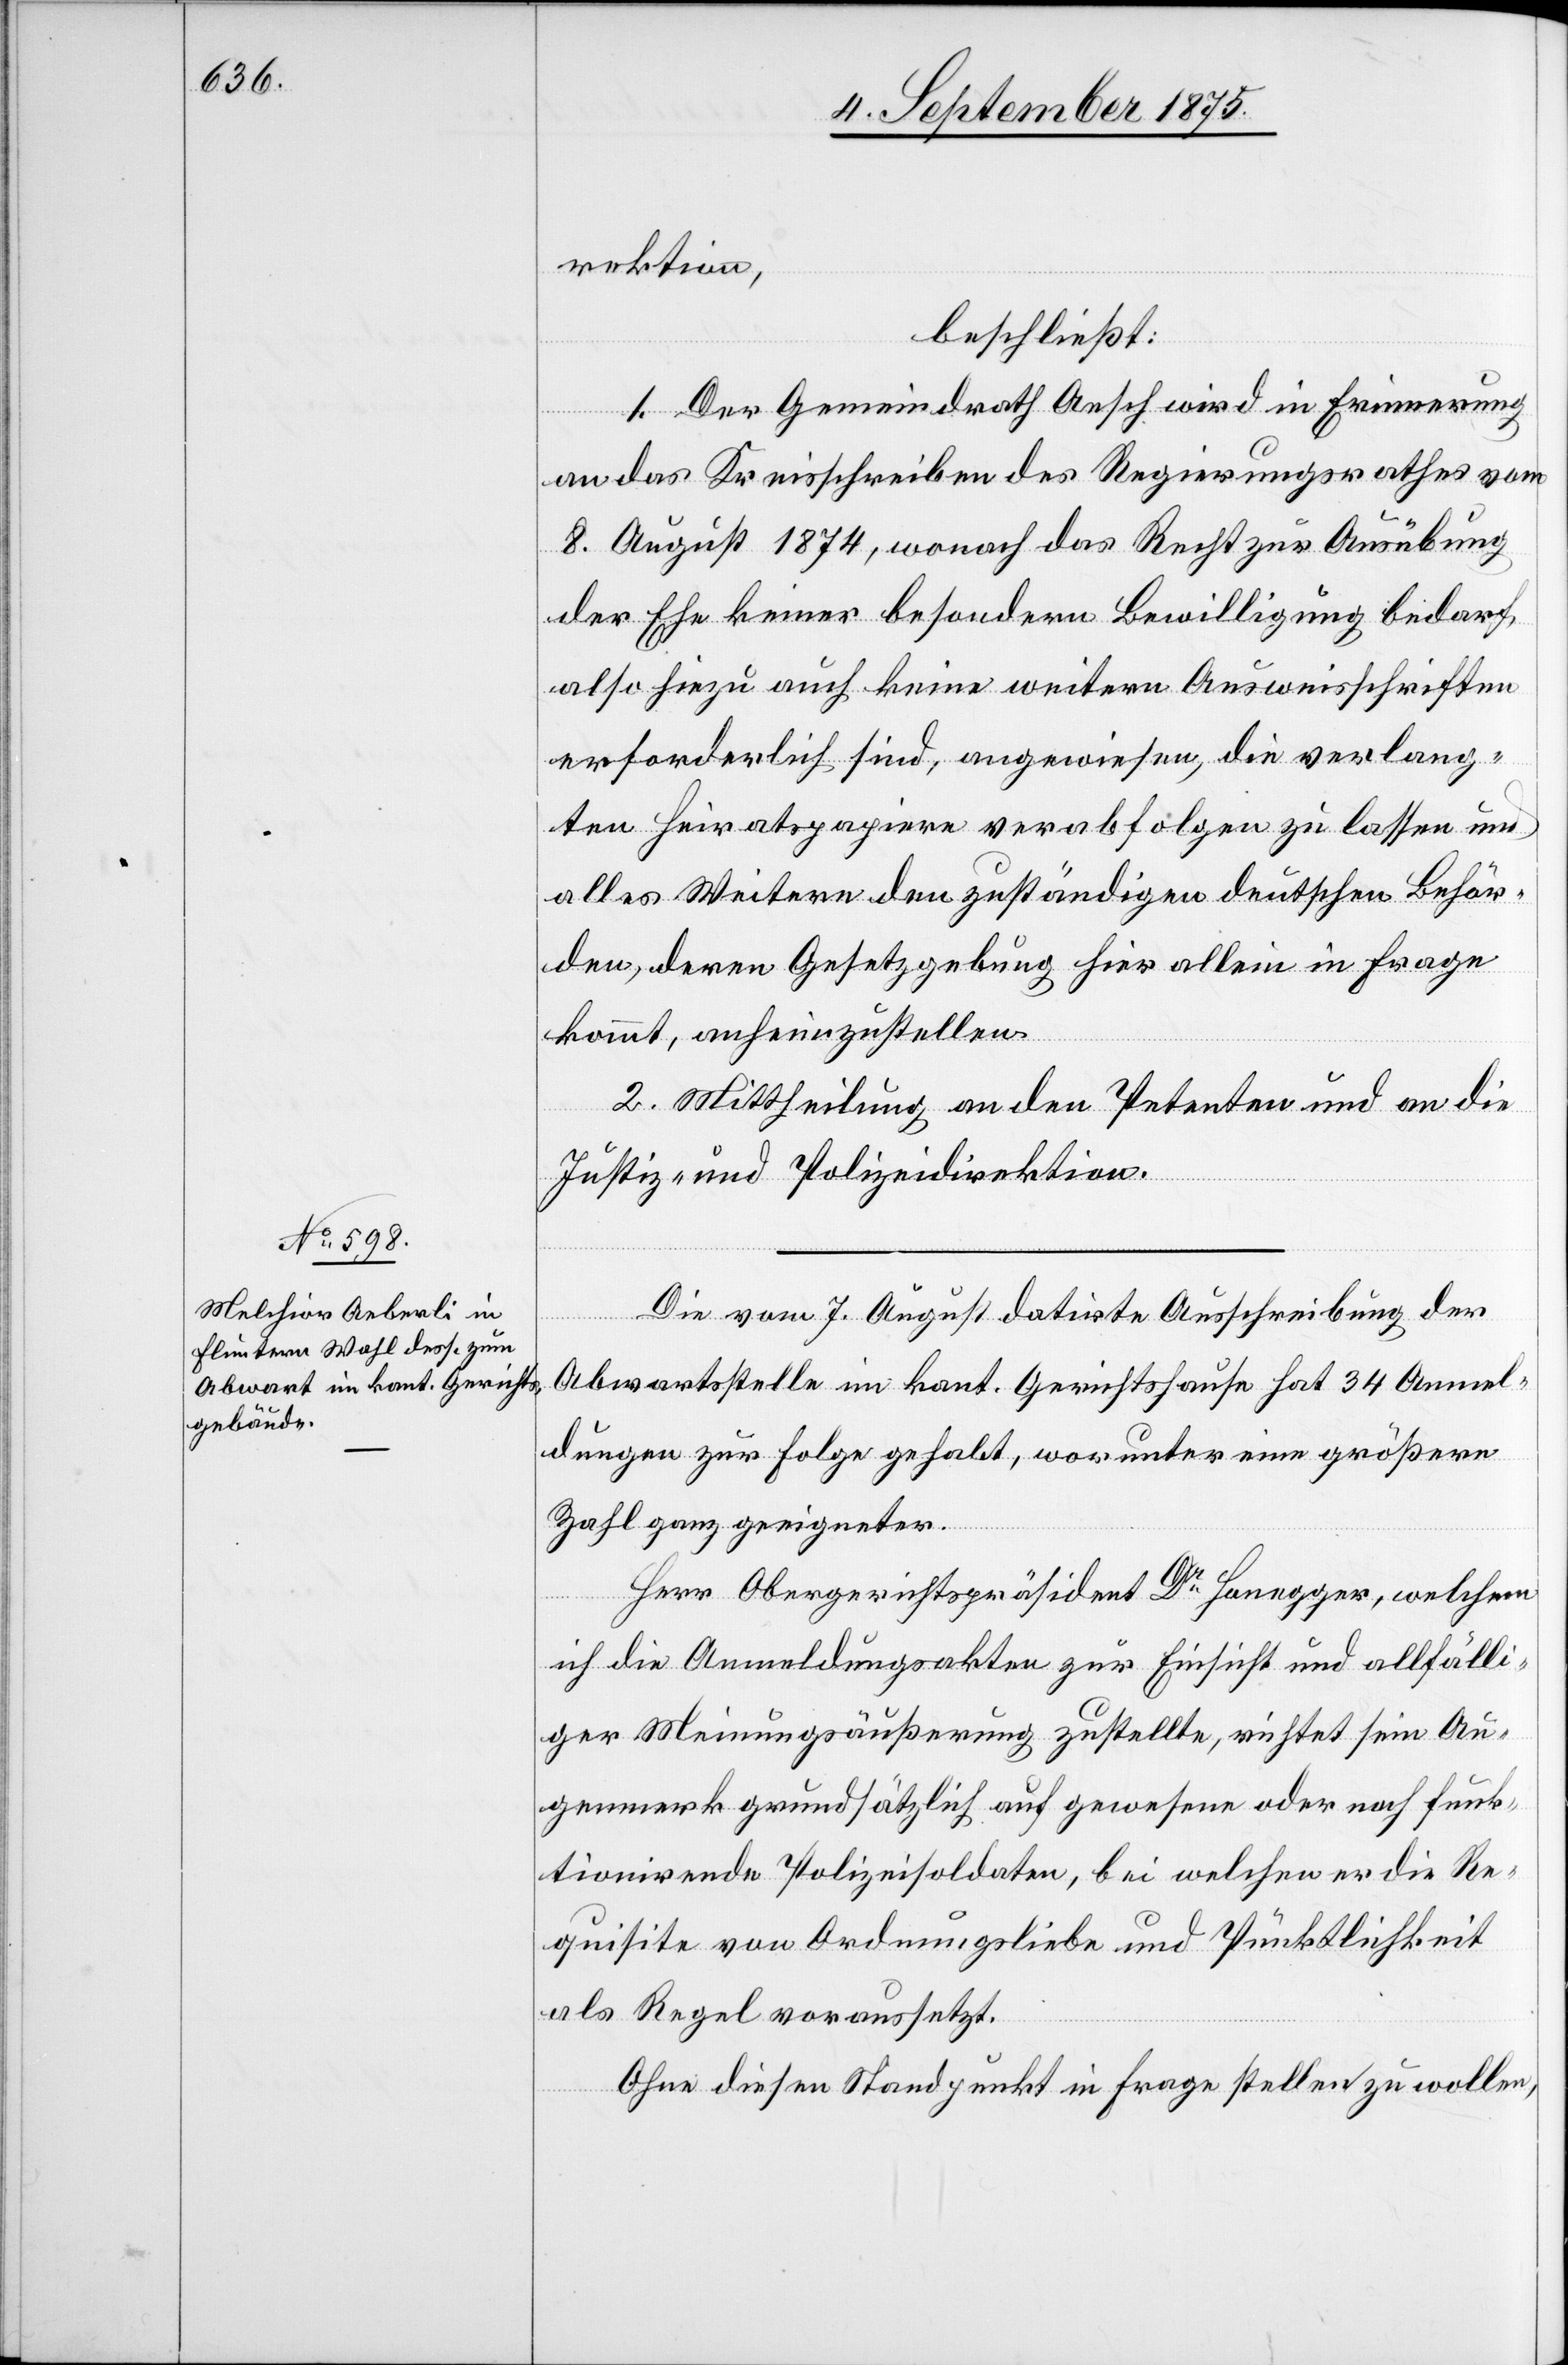
rektion,
beschließt:
ngsäußerung
1. Der Gemeindrath Aesch wird in Erinnerung
an da Kreisschreiben des Regierungsrathes vom
8. August 1874, wonach das Recht zur Ausübung
der Ehe keiner besondern Bewilligung bedarf,
also hiezu auch keine weitere Ausweisschriften
erforderlich sind, angewiesen, die verlang¬
ten Heiratspapiere verabfolgen zu lassen und
alles Weitere den zuständigen deutschen Behör¬
den, deren Gesetzgebung hier allein in Frage
kommt, anheimzustellen.
2. Mittheilung an den Petenten und an die
Justiz- und Polizeidirektion.
Die vom 7. August datirte Ausschreibung der
Abwartstelle im kant. Gerichtshause hat 34 Anmel¬
dungen zur Folge gehabt, worunter eine größere
Zahl ganz geeigneter.
sein Au¬
Herr Obergerichtspräsident Dr Honegger, welchem
genmerk grundsätzlich auf gewesene oder noch funk¬
tionirende Polizeisoldaten, bei welchen er die Re¬
quisite von Ordnungsliebe und Pünktlichkeit
als Regel voraussetzt.
Ohne diesen Standpunkt in Frage stellen zu wollen,